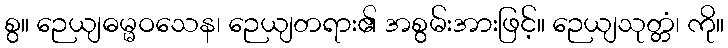
စွ။ ဉေယျဓမ္မဝသေန၊ ဉေယျတရား၏ အစွမ်းအားဖြင့်။ ဉေယျသုတ္တံ၊ ကို။